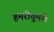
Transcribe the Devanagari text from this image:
हमरीतुमरी